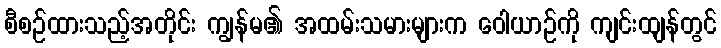
စီစဉ်ထားသည့်အတိုင်း ကျွန်မ၏ အထမ်းသမားများက ဝေါယာဉ်ကို ကျင်းထျန်တွင်